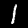
Digit: 1